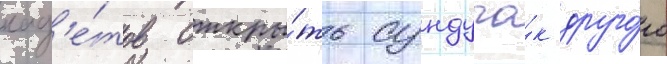
кад'е́тов откры́ть сундучо́к друго́го